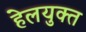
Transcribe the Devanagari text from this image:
हेलयुक्त